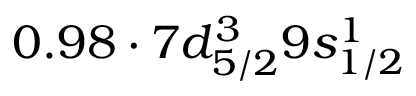
0 . 9 8 \cdot 7 d _ { 5 / 2 } ^ { 3 } 9 s _ { 1 / 2 } ^ { 1 }